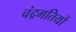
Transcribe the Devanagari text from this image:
चंद्रगतियों